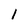
Character: 1